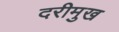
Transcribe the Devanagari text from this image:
दरीमुख